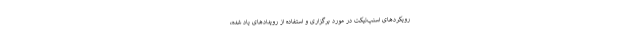
رویکردهای اسنپ‌تیکت در مورد برگزاری و استفاده از رویدادهای یاد شده،